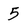
Character: 5